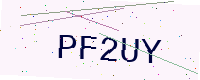
Text: PF2UY